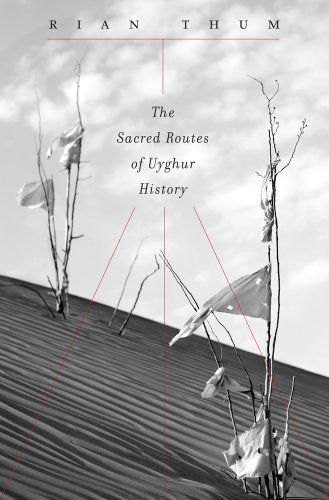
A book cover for The Sacred Routes of Uyghur History; Rian Thum; History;